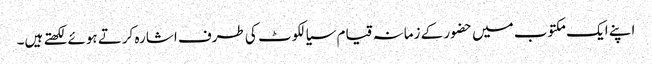
اپنے ایک مکتوب میں حضور کے زمانہ قیام سیالکوٹ کی طرف اشارہ کرتے ہوئے لکھتے ہیں۔